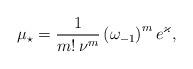
LaTeX: \begin{align*} \mu_\star = \frac{1}{m! \, \nu^m} \left(\omega_{-1}\right)^m e^\varkappa, \end{align*}